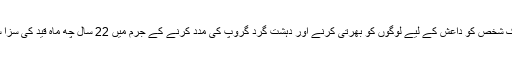
امریکہ میں ایک شخص کو داعش کے لیے لوگوں کو بھرتی کرنے اور دہشت گرد گروپ کی مدد کرنے کے جرم میں 22 سال چھ ماہ قید کی سزا سنائی گئی ہے۔